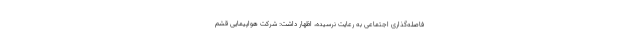
فاصله‌گذاری اجتماعی به رعایت نرسیده، اظهار داشت: شرکت هواپیمایی قشم